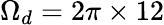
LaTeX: \Omega_{d}=2\pi\times 12